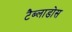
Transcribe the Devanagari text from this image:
टैब्लाडोस